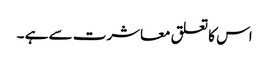
اس کا تعلق معاشرت سے ہے ۔